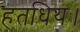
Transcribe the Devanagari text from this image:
हतधियः।